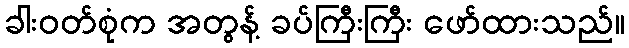
ခါးဝတ်စုံက အတွန့် ခပ်ကြီးကြီး ဖော်ထားသည်။